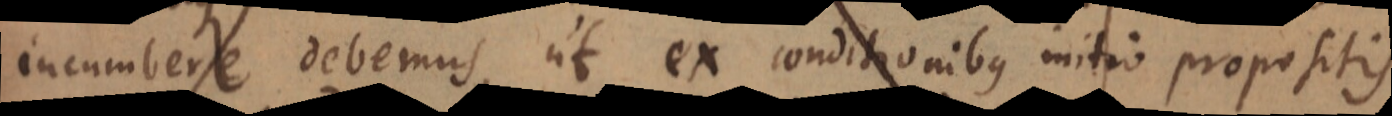
incumbere debemus, ut ex conditionibus initio propositis